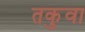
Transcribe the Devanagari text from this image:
तकुवा